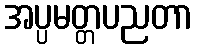
အပ္ပမတ္တပညတာ